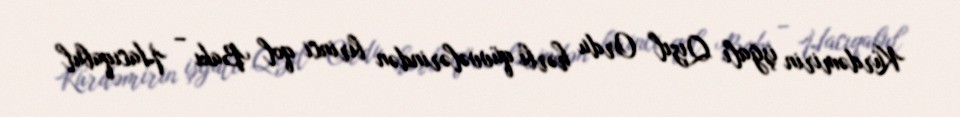
Kürdəmirin işğalı Qızıl Ordu hərbi qüvvələrindən birinci qol Bakı – Hacıqabul